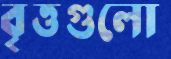
বৃত্তগুলো